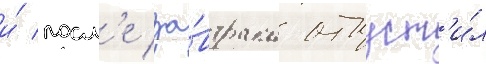
и́ посл'е за́втрака отпуст'и́л